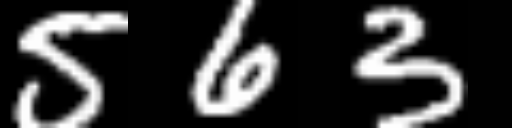
Text: 563